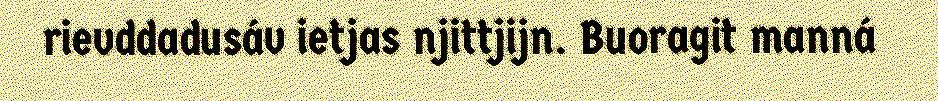
rievddadusáv ietjas njittjijn. Buoragit manná